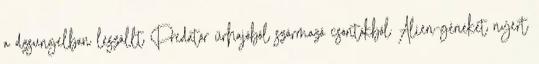
a dzsungelban leszállt Predator űrhajóból származó csontokból Alien-géneket nyert